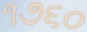
૧૭૬૦